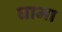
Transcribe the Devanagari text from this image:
घामा